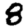
Digit: 8